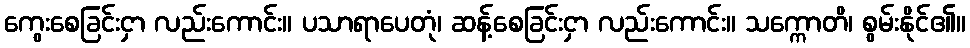
ကွေးစေခြင်းငှာ လည်းကောင်း။ ပသာရာပေတုံ၊ ဆန့်စေခြင်းငှာ လည်းကောင်း။ သက္ကောတိ၊ စွမ်းနိုင်၏။